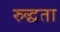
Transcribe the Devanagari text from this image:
रुद्धता